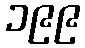
၁၉၉